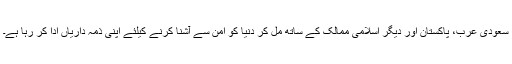
سعودی عرب، پاکستان اور دیگر اسلامی ممالک کے ساتھ مل کر دنیا کو امن سے آشنا کرنے کیلئے اپنی ذمہ داریاں ادا کر رہا ہے۔